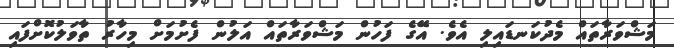
މަޝްވަރާތައް މެދުކަނޑައިލި އެވެ. އޭގެ ފަހުން މަޝްވަރާތައް އަލުން ފެށުމަށް މިހާރު ތާވަލުކޮށްފައި